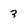
Character: 3